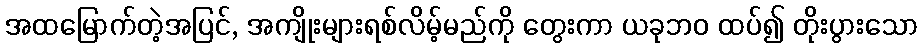
အထမြောက်တဲ့အပြင်, အကျိုးများရစ်လိမ့်မည်ကို တွေးကာ ယခုဘဝ ထပ်၍ တိုးပွားသော